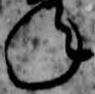
年